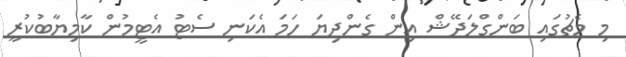
މި މެޗުގައި ބަންގްލަދޭޝް އިން ގެންދިޔަ ހަމަ އެކަނި ސެޓު އެޓީމުން ކާމިޔާބުކުރީ